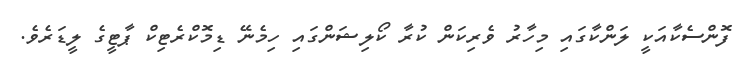
ފޮންސެކާއަކީ ލަންކާގައި މިހާރު ވެރިކަން ކުރާ ކޯލިޝަންގައި ހިމެނޭ ޑިމޮކްރެޓިކް ޕާޓީގެ ލީޑަރެވެ.